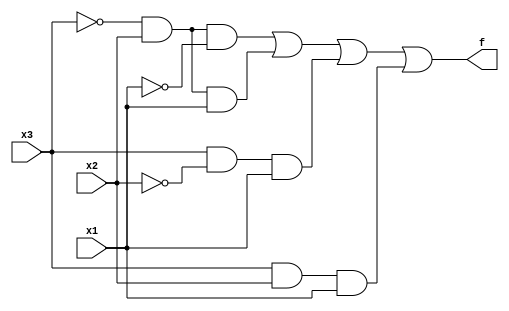
module top_module( 
    input x3,
    input x2,
    input x1,  // three inputs
    output f   // one output
);
    wire row2,row3,row5,row7;
    
 assign f = ((x3 == 0) & (x2 == 1) & (x1 == 0)) | 
        		((x3 == 0) & (x2 == 1) & (x1 == 1)) | 
        		((x3 == 1) & (x2 == 0) & (x1 == 1)) |
       			((x3 == 1) & (x2 == 1) & (x1 == 1)) ; 

endmodule